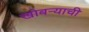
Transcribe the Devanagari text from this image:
खोबर्‍याची